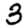
Digit: 3